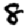
Digit: 8